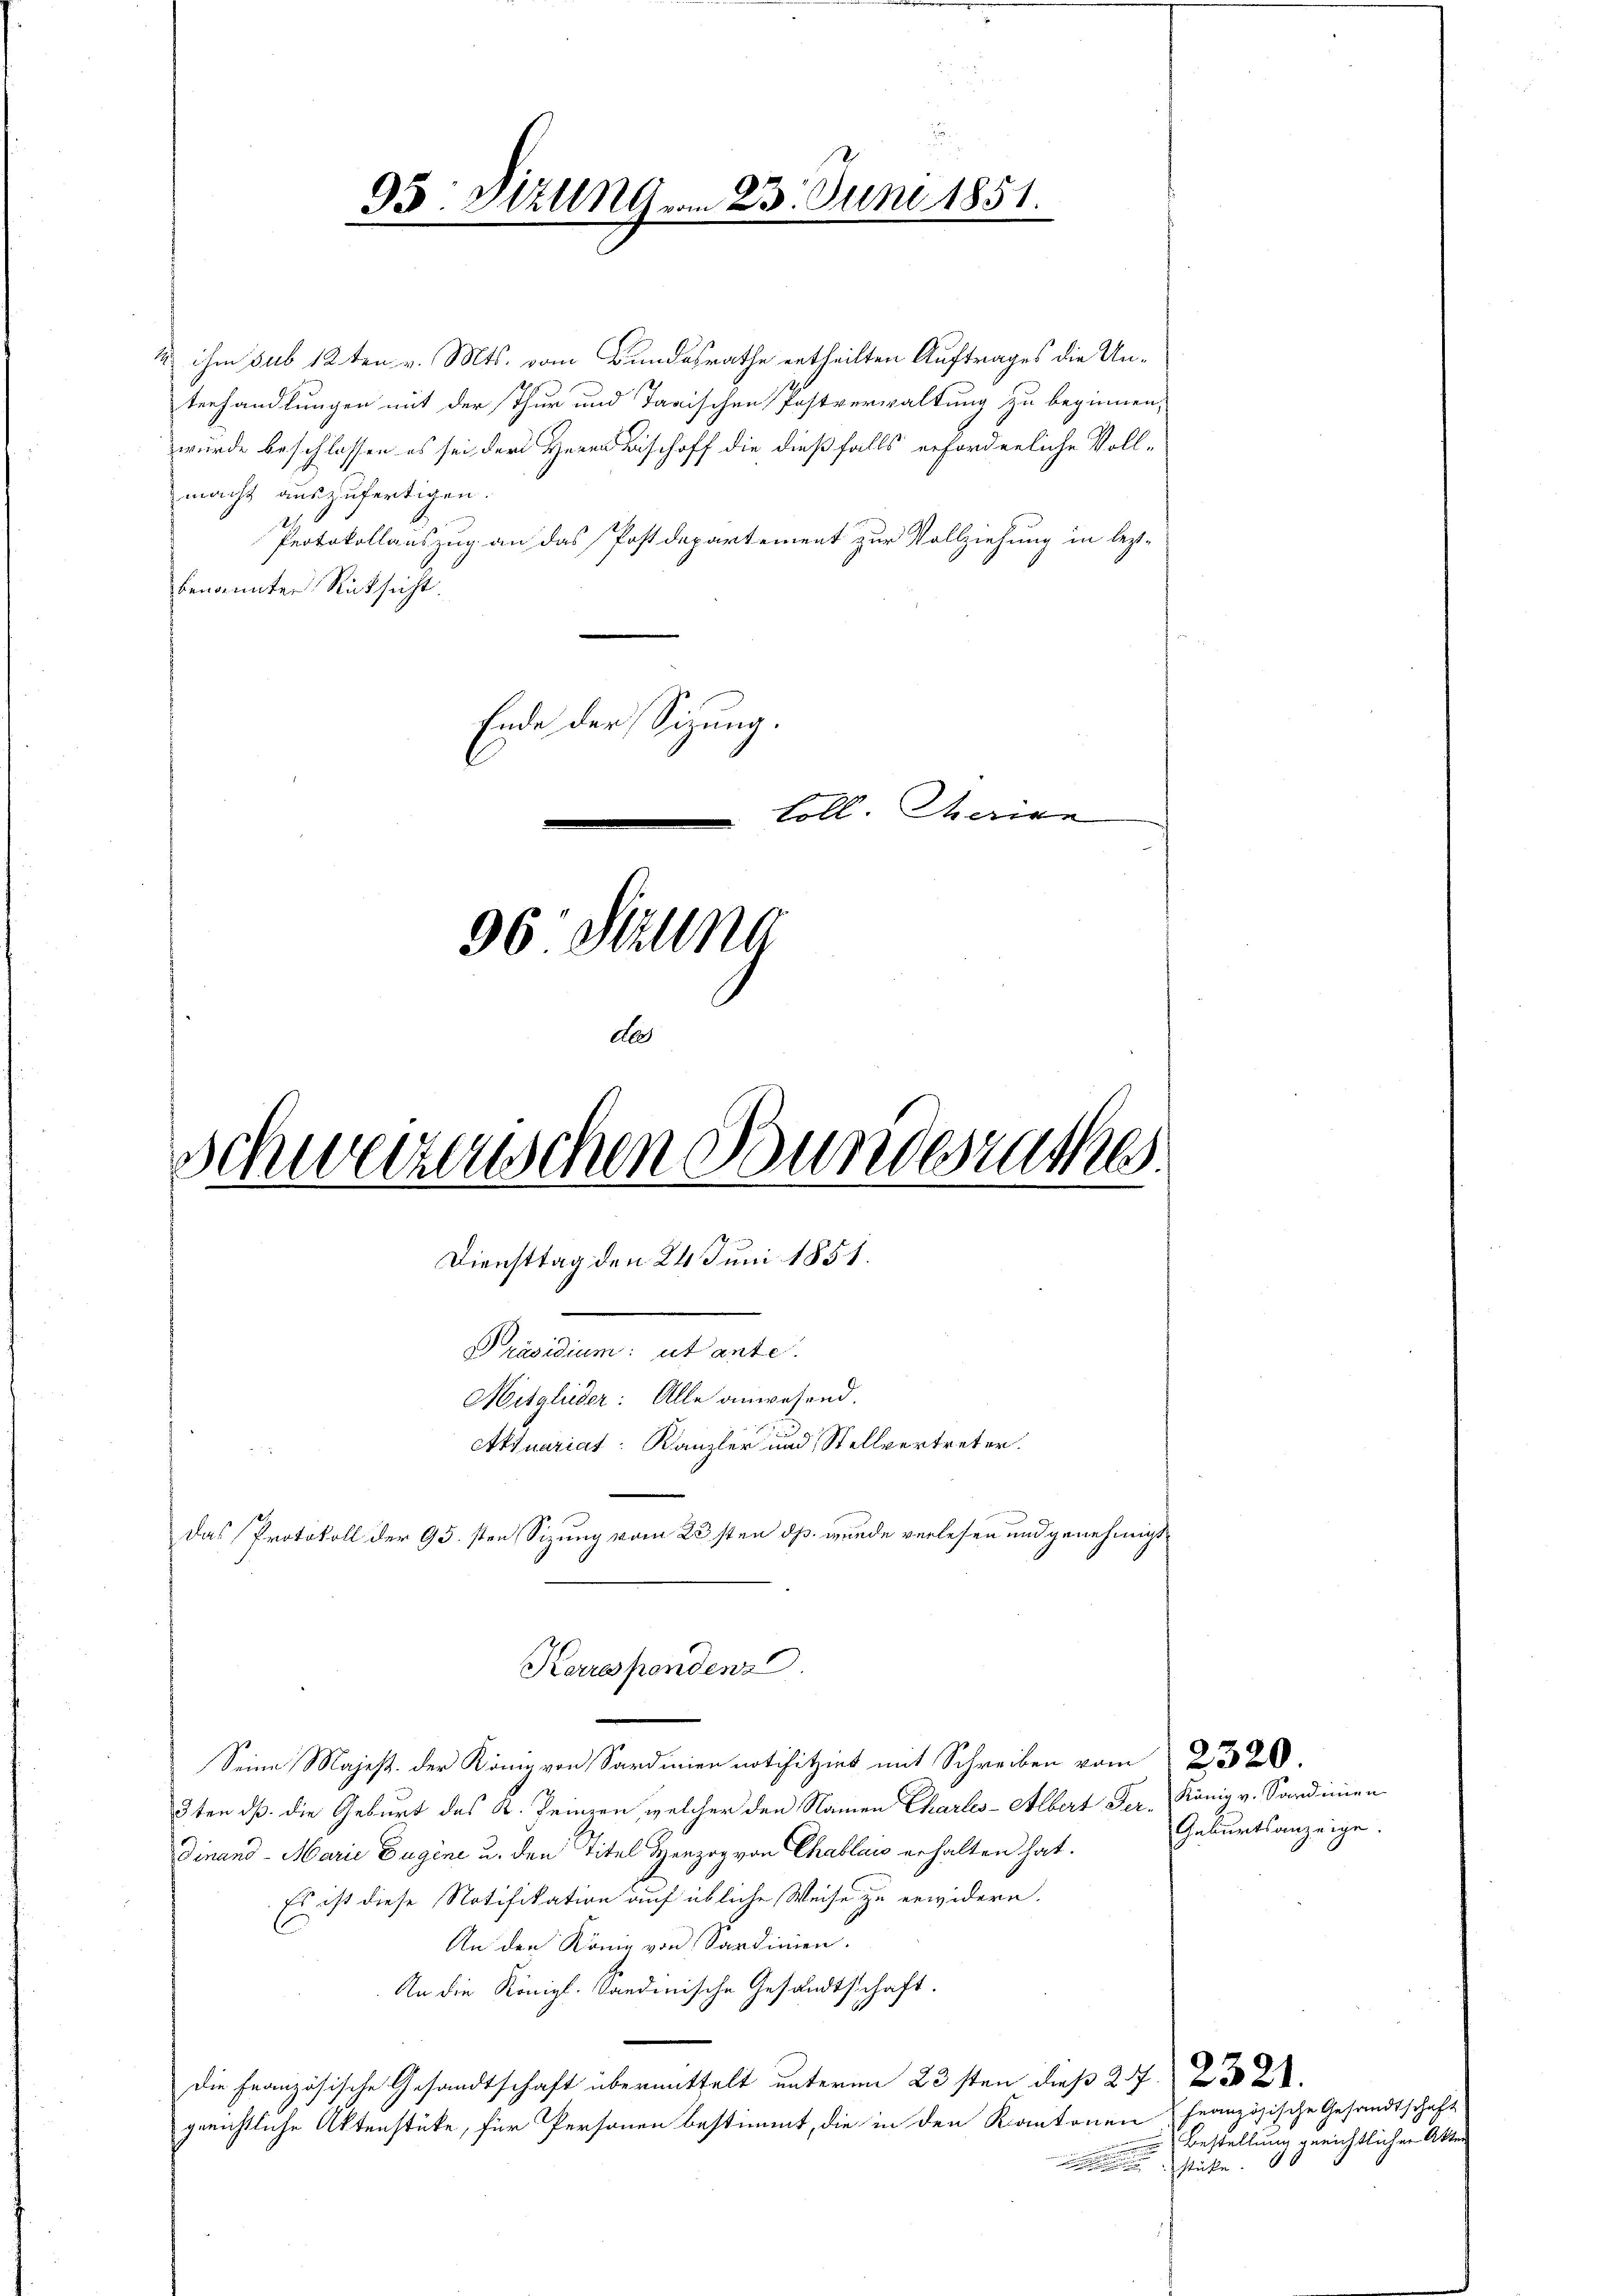
2 ihm sub 12ten v. Mts. vom Bundesrathe ertheilten Auftrages die Unterhandlungen mit der Thur und Tarischen Postverwaltung zu beginnen,
wurde beschlossen es sei der Herrn Bischoff die dießfalls erforderliche Voll-
macht auszufertigen.
Protokollauszug an das Postdepartement zur Vollziehung in leztbenannter Rücksicht.
Ende der Sitzung.

Loll. Marien
96. Sitzung
der
Schweizerischen Bundesrathes
.
Diensttag den 24 Juni 1851.
1
Präsidium: utante.
Mitglieder: Alle anwesend.
Aktuariat: Kanzler und Stellvertreter.
Das Protokoll der 95. sten Sizung vom 23sten dß wurde verlesen und genehmigt

95: Sizung vom 23. Juni 1851

Korrespondenz

Seine Majest. der König von Sardmien notifizirt mit Schreiben vom 20.
2ten dß die Geburt des K. keinern welcher den Namen Charles-Albert Der König v. Sardinien
dinand - Marie Dugine u. den Titel Herzog von Chablau erhalten hat.
Es ist diese Notifikation auf übliche Weise zu erwidern.
An den König von Sardinien.
An die Königl. Candinische Gesandtschaft.
die Französische Gesandtschaft übermittelt unterm 23sten dieß 27. 202.
gerichtliche Aktenstücke, für Personen bestimmt, die in den Kantonen französische Gesandtschaft
stühle.

Geburtsanzeige.

Bestellung gerichtlichen Akte